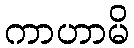
ကာဟာမိ